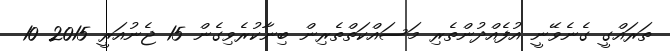
ތަރައްގީ ގެނެވޭނީ އުފެއްދުންތެރި މަސައްކަތްތެރިން ބިނާކުރެވިގެން 15 ޖެނުއަރީ 2015 10